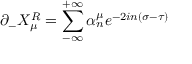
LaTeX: \partial _ { - } X _ { \mu } ^ { R } = \sum _ { - \infty } ^ { + \infty } \alpha _ { n } ^ { \mu } e ^ { - 2 i n ( \sigma - \tau ) }